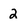
Character: 2